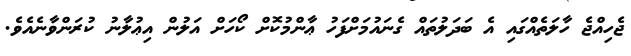
ޖެހިއްޖެ ހާލަތެއްގައި އެ ބަދަލުތައް ގެނައުމަށްފަހު ޢާންމުކޮށް ކޯހަށް އަލުން އިޢުލާނު ކުރަންވާނެއެވެ.